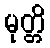
မုတ္တိ